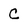
Character: C